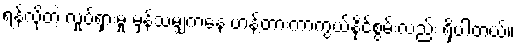
ရန်လိုတဲ့ လှုပ်ရှားမှု မှန်သမျှကနေ ဟန့်တားကာကွယ်နိုင်စွမ်းလည်း ရှိပါတယ်။